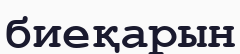
биеқарын